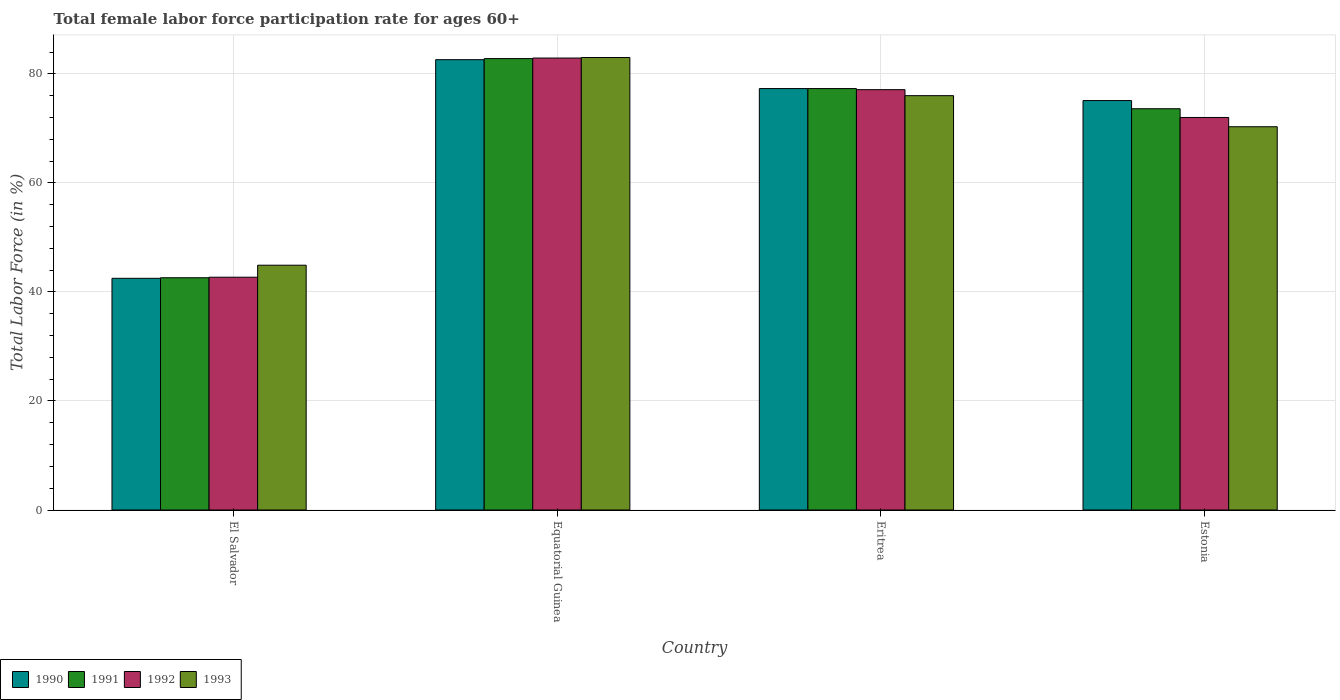
| Country | 1990 | 1991 | 1992 | 1993 |
 | --- | --- | --- | --- | --- |
 | El Salvador | 42.5 | 42.6 | 42.7 | 44.9 |
 | Equatorial Guinea | 82.6 | 82.8 | 82.9 | 83 |
 | Eritrea | 77.3 | 77.3 | 77.1 | 76 |
 | Estonia | 75.1 | 73.6 | 72 | 70.3 |